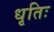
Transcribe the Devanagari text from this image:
धृतिः